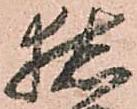
猪